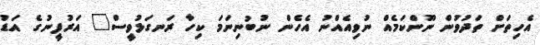
އެހިތަށް ތަދުވުން ނޫންކަމެއް ނުވިއެއްނު އެހެން ނުބުނިނަމަ ކިހާ ރަނގަޅުވީސް" އަރުފީނުގެ އަޑު